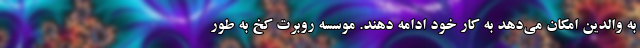
به والدین امکان می‌دهد به کار خود ادامه دهند. موسسه روبرت کخ به طور